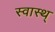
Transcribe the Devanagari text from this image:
स्वास्थ्